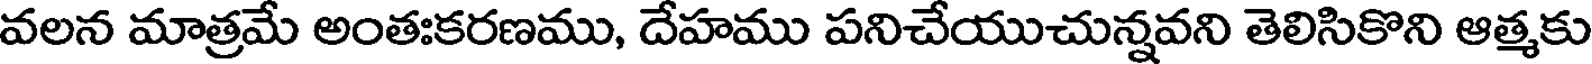
వలన మాత్రమే అంతఃకరణము, దేహము పనిచేయుచున్నవని తెలిసికొని ఆత్మకు